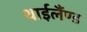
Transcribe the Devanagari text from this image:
थाईलैंण्ड